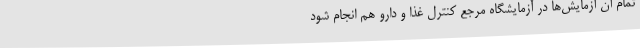
تمام آن آزمایش‌ها در آزمایشگاه مرجع کنترل غذا و دارو هم انجام شود